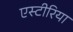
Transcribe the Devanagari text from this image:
एस्टीरिया